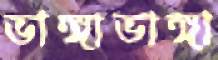
ভাঙ্গাভাঙ্গা